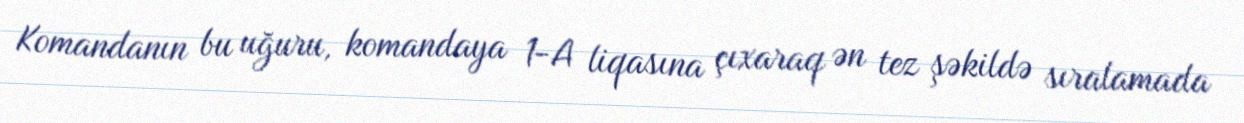
Komandanın bu uğuru, komandaya 1-A liqasına çıxaraq ən tez şəkildə sıralamada